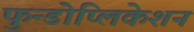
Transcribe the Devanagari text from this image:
फुन्डोप्लिकेशन